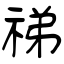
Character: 祶